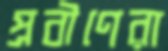
প্রবীণেরা